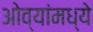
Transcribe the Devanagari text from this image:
ओव्यांमध्ये